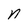
Character: n